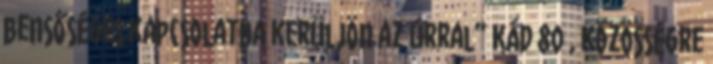
bensőséges kapcsolatba kerüljön az Úrral” KÁD 80 , közösségre